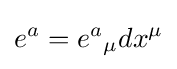
e^{a}=e^{a}{}_{\mu }dx^{\mu }